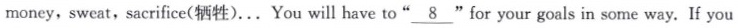
money, sweat,sacrifice(牺牲)... You will have to"\underline{8} "for your goals in some way. If you